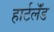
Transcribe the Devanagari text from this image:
हार्टलॅंड